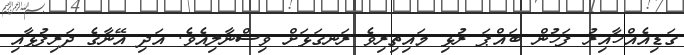
ގަޑިއެއްހާއިރު ފަހުން ބައްޕަ ރުޅި މައިތިރިވެ ރަނގަޅަށް ވިސްނާލިއެވެ. އަދި އޭނާގެ ދަރިފުޅާއި